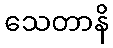
သေတာနိ